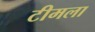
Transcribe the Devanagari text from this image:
टीमला